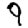
Digit: 9